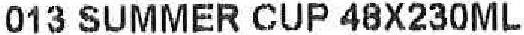
013 SUMMER CUP 48X230ML